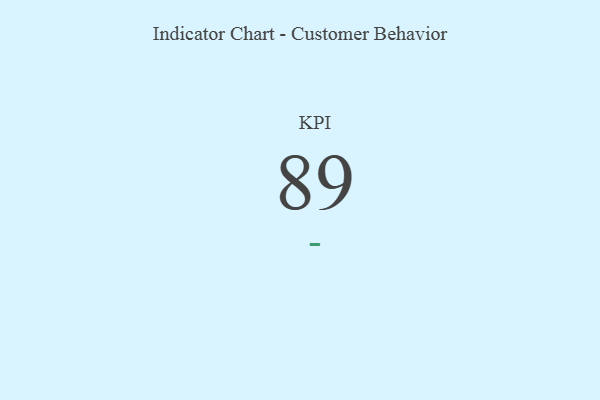
{"axis": {"x": "KPI", "y": "Value"}, "legend": [""], "data": [{"x": "KPI", "y": 89, "type": ""}]}